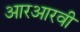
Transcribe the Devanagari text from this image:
आरआरवी